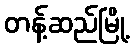
တန့်ဆည်မြို့